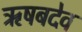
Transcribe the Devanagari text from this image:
ऋषबदेव